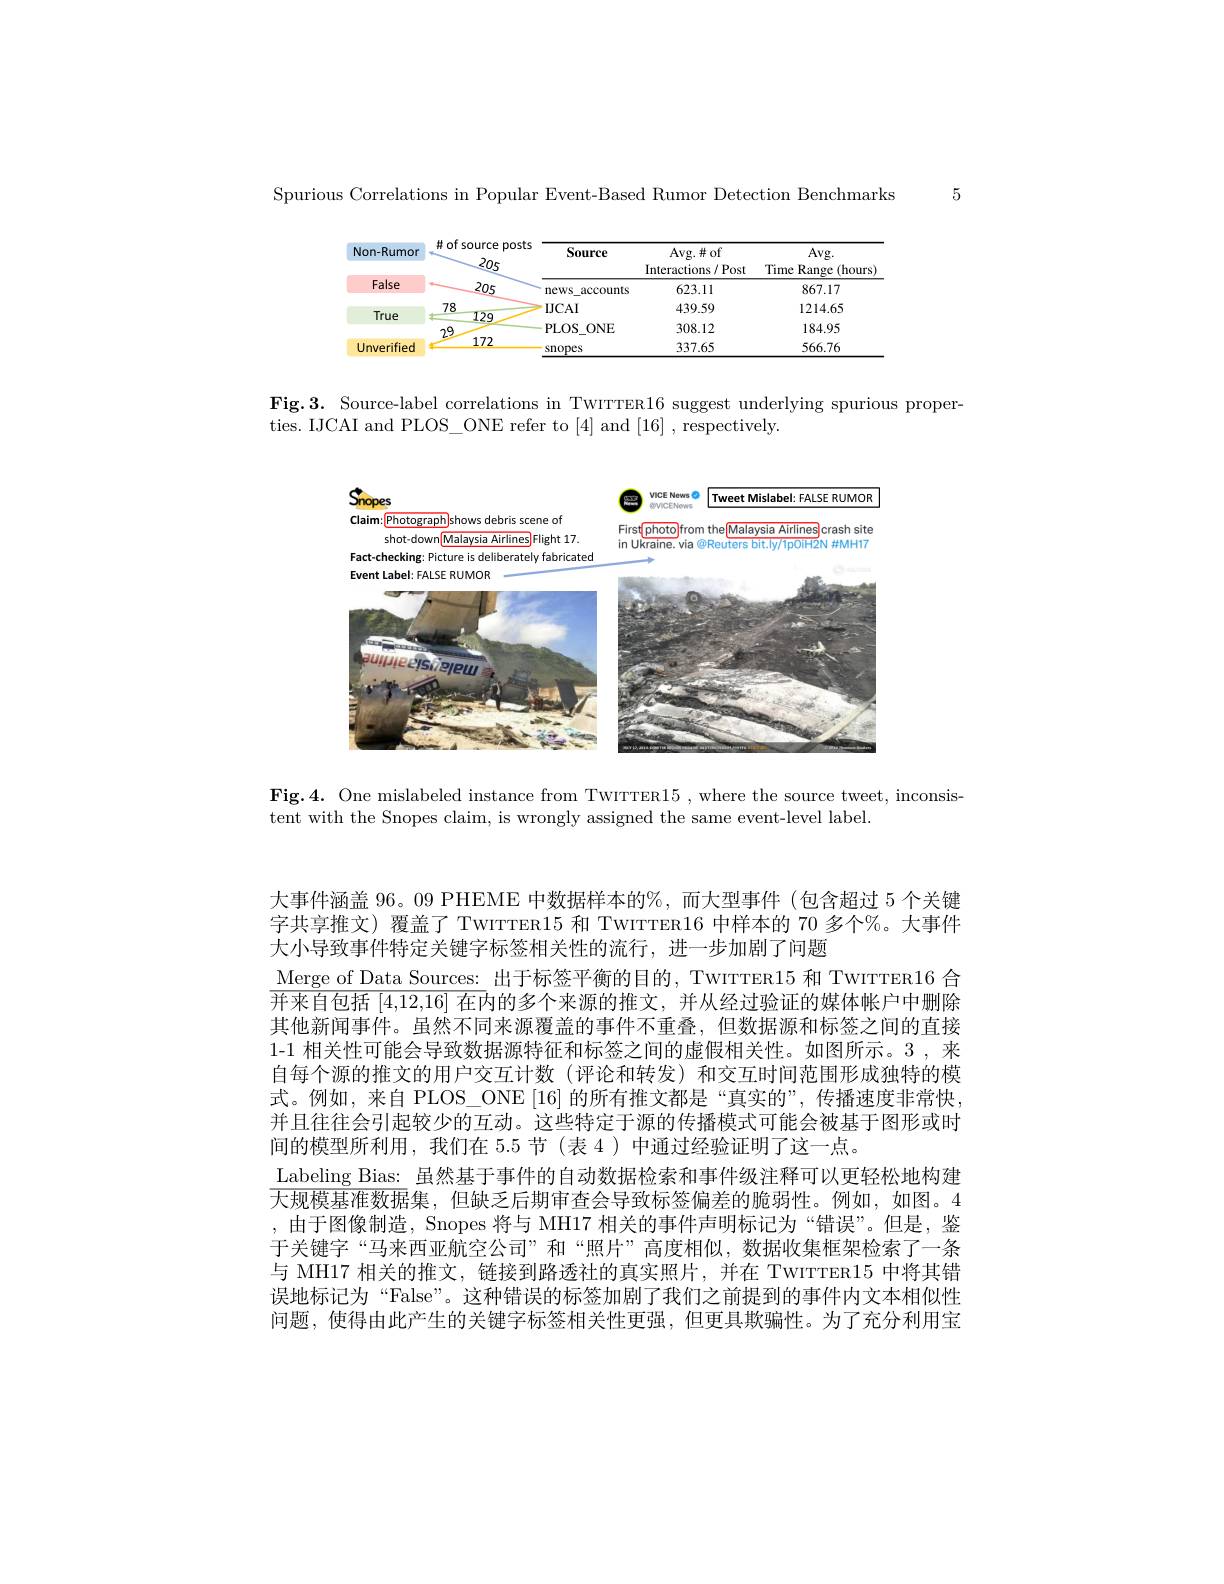
Spurious Correlations in Popular Event-Based Rumor Detection Benchmarks

<table>
	<tbody>
		<tr>
			<th>Non-Rumor</th>
			<th>#of source $p$ 205</th>
			<th>ource posts 205</th>
			<th>Source</th>
			<th>Avg. $\#$of Interactions / Post</th>
			<th>Avg. Time Range ${:}(\mathbf{hours}$</th>
		</tr>
		<tr>
			<td>False</td>
			<td>205</td>
			<td>205</td>
			<td>news accounts</td>
			<td>623.11</td>
			<td>867.17</td>
		</tr>
		<tr>
			<td rowspan="2">True</td>
			<td>78 1.</td>
			<td>12m</td>
			<td>$IJCAI$</td>
			<td>439.59</td>
			<td>1214.65</td>
		</tr>
		<tr>
			<td>449 29</td>
			<td>449</td>
			<td>PLOS$\_$ONE</td>
			<td>308.12</td>
			<td>184.95</td>
		</tr>
		<tr>
			<td>Unverified</td>
			<td>172</td>
			<td>172</td>
			<td>snopes</td>
			<td>337.65</td>
			<td>566.76</td>
		</tr>
	</tbody>
</table>

Fig.3. Source-label correlations in TwırrER16 suggest underlying spurious proper-
ties. IJCAI and PLOS\_ONE refer to[4] and[16],respectively

5

<FigureHere>

Fig.4. One mislabeled instance from TwırrER15 , where the source tweet, inconsis
tent with the Snopes claim, is wrongly assigned the same event-level label

大事件涵盖 96。09 PHEME 中数据样本的%, 而大型事件 (包含超过 5 个关键字共享推文) 覆盖了 TwITTER15 和 TWITTER16 中样本的 70 多个%。大事件大小导致事件特定关键字标签相关性的流行，进一步加剧了问题
Merge of Data Sources: 出于标签平衡的目的，TwITTER15 和 TWITTER16 合$\overline{\text{并来自包括 }[4,12,16]\text{ 在内的多个来源的推文，并从经过验证的媒体帐户中删除}}$ 其他新闻事件。虽然不同来源覆盖的事件不重叠，但数据源和标签之间的直接1-1 相关性可能会导致数据源特征和标签之间的虚假相关性。如图所示。3,来自每个源的推文的用户交互计数(评论和转发)和交互时间范围形成独特的模式。例如，来自 PLOS\_ONE [16] 的所有推文都是“真实的”,传播速度非常快并且往往会引起较少的互动。这些特定于源的传播模式可能会被基于图形或时间的模型所利用，我们在 5.5 节 (表 4 ) 中通过经验证明了这一点。
Labeling Bias: 虽然基于事件的自动数据检索和事件级注释可以更轻松地构建大规模基准数据集，但缺乏后期审查会导致标签偏差的脆弱性。例如，如图。4 ,由于图像制造，Snopes 将与 MH17 相关的事件声明标记为“错误”。但是，鉴于关键字“马来西亚航空公司”和“照片”高度相似，数据收集框架检索了一条与 MH17 相关的推文，链接到路透社的真实照片，并在 TwITTER15 中将其错误地标记为“False”。这种错误的标签加剧了我们之前提到的事件内文本相似性问题，使得由此产生的关键字标签相关性更强，但更具欺骗性。为了充分利用宝